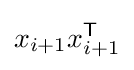
x_{i+1}x_{i+1}^{\mathsf {T}}